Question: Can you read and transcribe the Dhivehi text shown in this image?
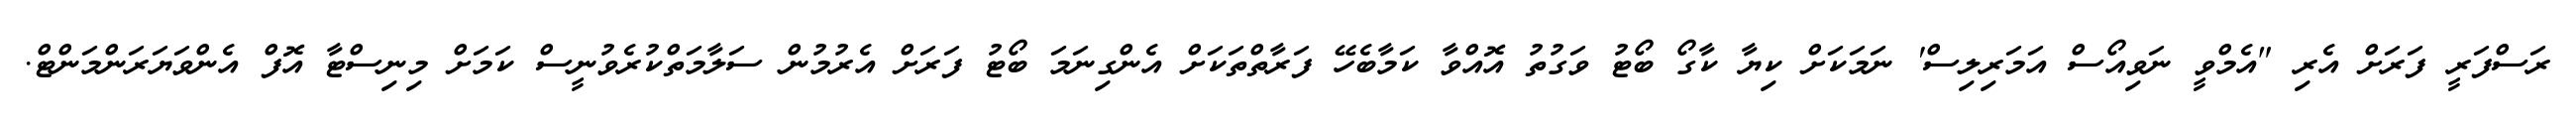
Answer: ރަސްފަރީ ފަރަށް އެރި "އެމްވީ ނަވިއޯސް އަމަރިލިސް' ނަމަކަށް ކިޔާ ކާގޯ ބޯޓު ވަގުތު އޮއްވާ ކަމާބެހޭ ފަރާތްތަކަށް އެންގިނަމަ ބޯޓު ފަރަށް އެރުމުން ސަލާމަތްކުރެވުނީސް ކަމަށް މިނިސްޓާ އޮފް އެންވަޔަރަންމަންޓް.